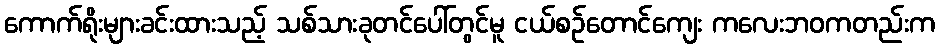
ကောက်ရိုးများခင်းထားသည့် သစ်သားခုတင်ပေါ်တွင်မူ ငယ်စဉ်တောင်ကျေး ကလေးဘဝကတည်းက